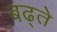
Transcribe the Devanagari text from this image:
बढ्ते